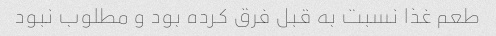
طعم غذا نسبت به قبل فرق کرده بود و مطلوب نبود